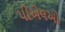
પીએલઓ